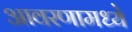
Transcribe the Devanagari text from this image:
आवरणामध्ये